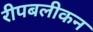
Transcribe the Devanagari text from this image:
रीपबलीकन